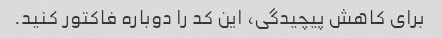
برای کاهش پیچیدگی، این کد را دوباره فاکتور کنید.